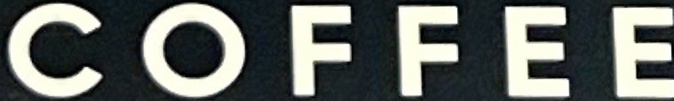
COFFEE